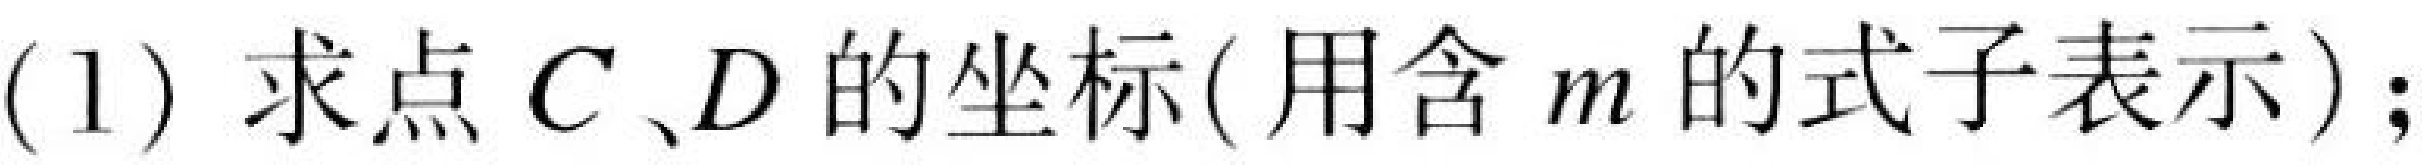
(1) 求点 \(C、D\) 的坐标( 用含 \(m\) 的式子表示)；